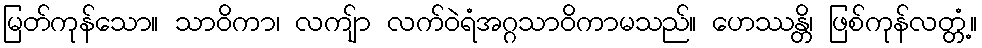
မြတ်ကုန်သော။ သာဝိကာ၊ လကျ်ာ လက်ဝဲရံအဂ္ဂသာဝိကာမသည်။ ဟေဿန္တိ၊ ဖြစ်ကုန်လတ္တံ့။